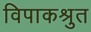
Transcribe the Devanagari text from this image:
विपाकश्रुत